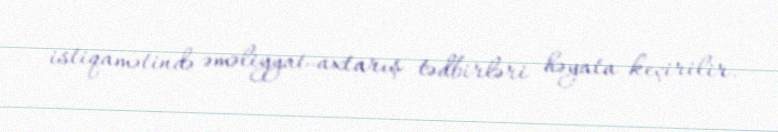
istiqamətində əməliyyat-axtarış tədbirləri həyata keçirilir.